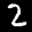
Label: 2